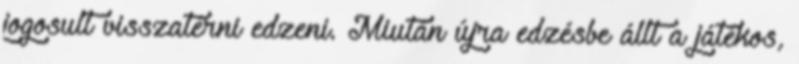
jogosult visszatérni edzeni. Miután újra edzésbe állt a játékos,